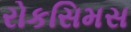
રોકસિમસ